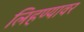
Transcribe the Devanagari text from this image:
लिहण्यावर